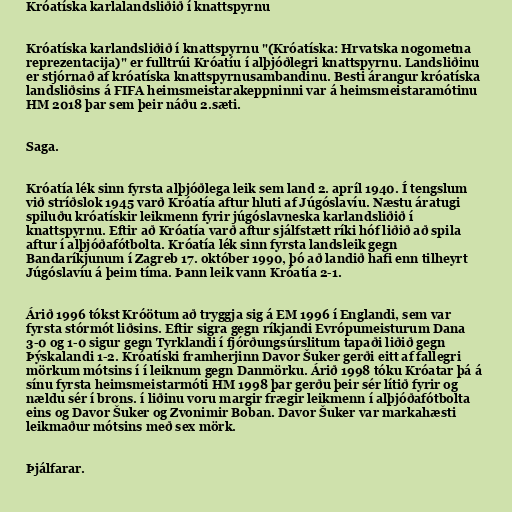
Króatíska karlalandsliðið í knattspyrnu

Króatíska karlandsliðið í knattspyrnu "(Króatíska: Hrvatska nogometna
reprezentacija)" er fulltrúi Króatíu í alþjóðlegri knattspyrnu. Landsliðinu
er stjórnað af króatíska knattspyrnusambandinu. Besti árangur króatíska
landsliðsins á FIFA heimsmeistarakeppninni var á heimsmeistaramótinu
HM 2018 þar sem þeir náðu 2.sæti.

Saga.

Króatía lék sinn fyrsta alþjóðlega leik sem land 2. apríl 1940. Í tengslum
við stríðslok 1945 varð Króatía aftur hluti af Júgóslavíu. Næstu áratugi
spiluðu króatískir leikmenn fyrir júgóslavneska karlandsliðið í
knattspyrnu. Eftir að Króatía varð aftur sjálfstætt ríki hóf liðið að spila
aftur í alþjóðafótbolta. Króatía lék sinn fyrsta landsleik gegn
Bandaríkjunum í Zagreb 17. október 1990, þó að landið hafi enn tilheyrt
Júgóslavíu á þeim tíma. Þann leik vann Króatía 2-1.

Árið 1996 tókst Króötum að tryggja sig á EM 1996 í Englandi, sem var
fyrsta stórmót liðsins. Eftir sigra gegn ríkjandi Evrópumeisturum Dana
3-0 og 1-0 sigur gegn Tyrklandi í fjórðungsúrslitum tapaði liðið gegn
Þýskalandi 1-2. Króatíski framherjinn Davor Šuker gerði eitt af fallegri
mörkum mótsins í í leiknum gegn Danmörku. Árið 1998 tóku Króatar þá á
sínu fyrsta heimsmeistarmóti HM 1998 þar gerðu þeir sér lítið fyrir og
nældu sér í brons. í liðinu voru margir frægir leikmenn í alþjóðafótbolta
eins og Davor Šuker og Zvonimir Boban. Davor Šuker var markahæsti
leikmaður mótsins með sex mörk.

Þjálfarar.